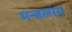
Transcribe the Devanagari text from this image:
मन्त्रलाय